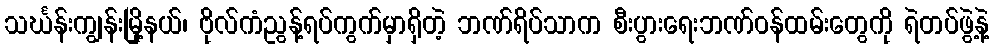
သင်္ဃန်းကျွန်းမြို့နယ်၊ ဗိုလ်ကံညွန့်ရပ်ကွက်မှာရှိတဲ့ ဘဏ်ရိပ်သာက စီးပွားရေးဘဏ်ဝန်ထမ်းတွေကို ရဲတပ်ဖွဲ့နဲ့